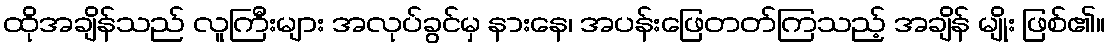
ထိုအချိန်သည် လူကြီးများ အလုပ်ခွင်မှ နားနေ၊ အပန်းဖြေတတ်ကြသည့် အချိန် မျိုး ဖြစ်၏။